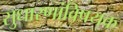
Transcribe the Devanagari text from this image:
सुधारणांविषयक